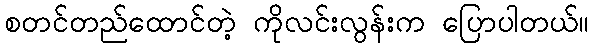
စတင်တည်ထောင်တဲ့ ကိုလင်းလွန်းက ပြောပါတယ်။